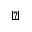
\sharp